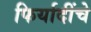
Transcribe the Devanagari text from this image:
फिर्यादींचे